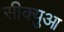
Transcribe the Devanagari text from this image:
सीक्युआ